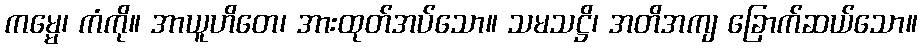
ကမ္မေ၊ ကံကို။ အာယူဟိတေ၊ အားထုတ်အပ်သော။ သမသဋ္ဌိ၊ အတိအကျ ခြောက်ဆယ်သော။